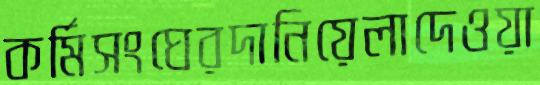
কর্মিসংঘেরদানিয়েলাদেওয়া